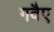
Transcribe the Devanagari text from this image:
गवैए